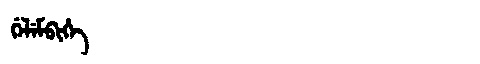
Manchu: ᡤᡝᠯᡝᠮᠪᡳᡥᡝ
Romanization: GELEMBIHE